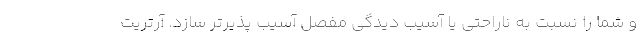
و شما را نسبت به ناراحتی یا آسیب دیدگی مفصل آسیب پذیرتر سازد. آرتریت